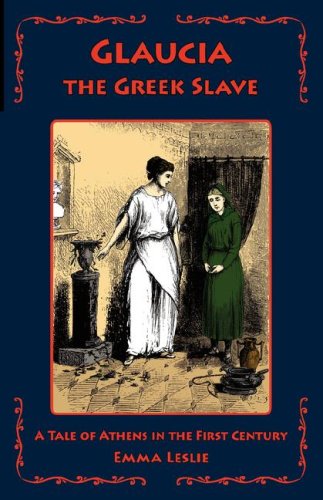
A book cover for Glaucia the Greek Slave: A Tale of Athens in the First Century; Emma Leslie; Teen & Young Adult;